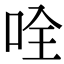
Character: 𠱴